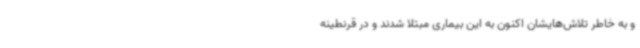
و به خاطر تلاش‌هایشان اکنون به این بیماری مبتلا شدند و در قرنطینه